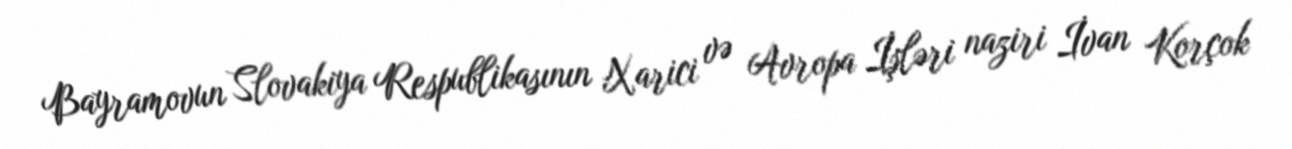
Bayramovun Slovakiya Respublikasının Xarici və Avropa İşləri naziri İvan Korçok